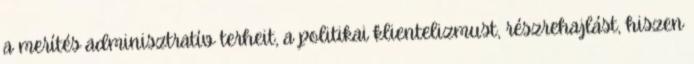
a merítés adminisztratív terheit, a politikai klientelizmust, részrehajlást, hiszen